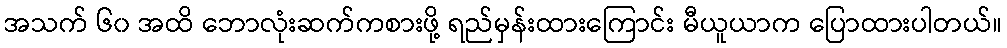
အသက် ၆၀ အထိ ဘောလုံးဆက်ကစားဖို့ ရည်မှန်းထားကြောင်း မီယူယာက ပြောထားပါတယ်။